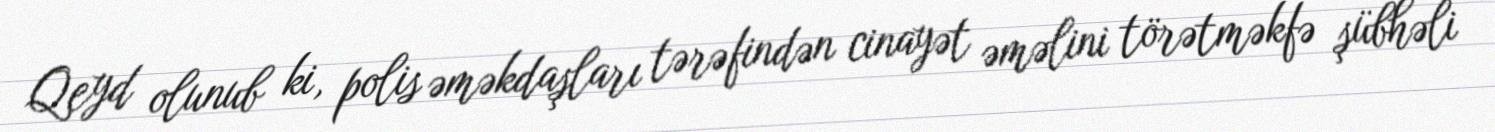
Qeyd olunub ki, polis əməkdaşları tərəfindən cinayət əməlini törətməkfə şübhəli